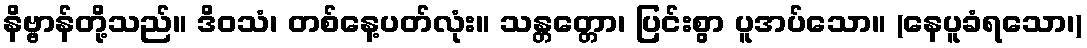
နိဗ္ဗာန်တို့သည်။ ဒိဝသံ၊ တစ်နေ့ပတ်လုံး။ သန္တတ္တော၊ ပြင်းစွာ ပူအပ်သော။ (နေပူခံရသော၊)